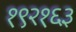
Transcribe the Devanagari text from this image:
१९२१६३